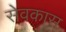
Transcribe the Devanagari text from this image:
सेवकास